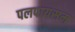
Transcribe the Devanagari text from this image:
पलपायसम